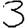
Digit: 3